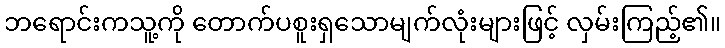
ဘရောင်းကသူ့ကို တောက်ပစူးရှသောမျက်လုံးများဖြင့် လှမ်းကြည့်၏။